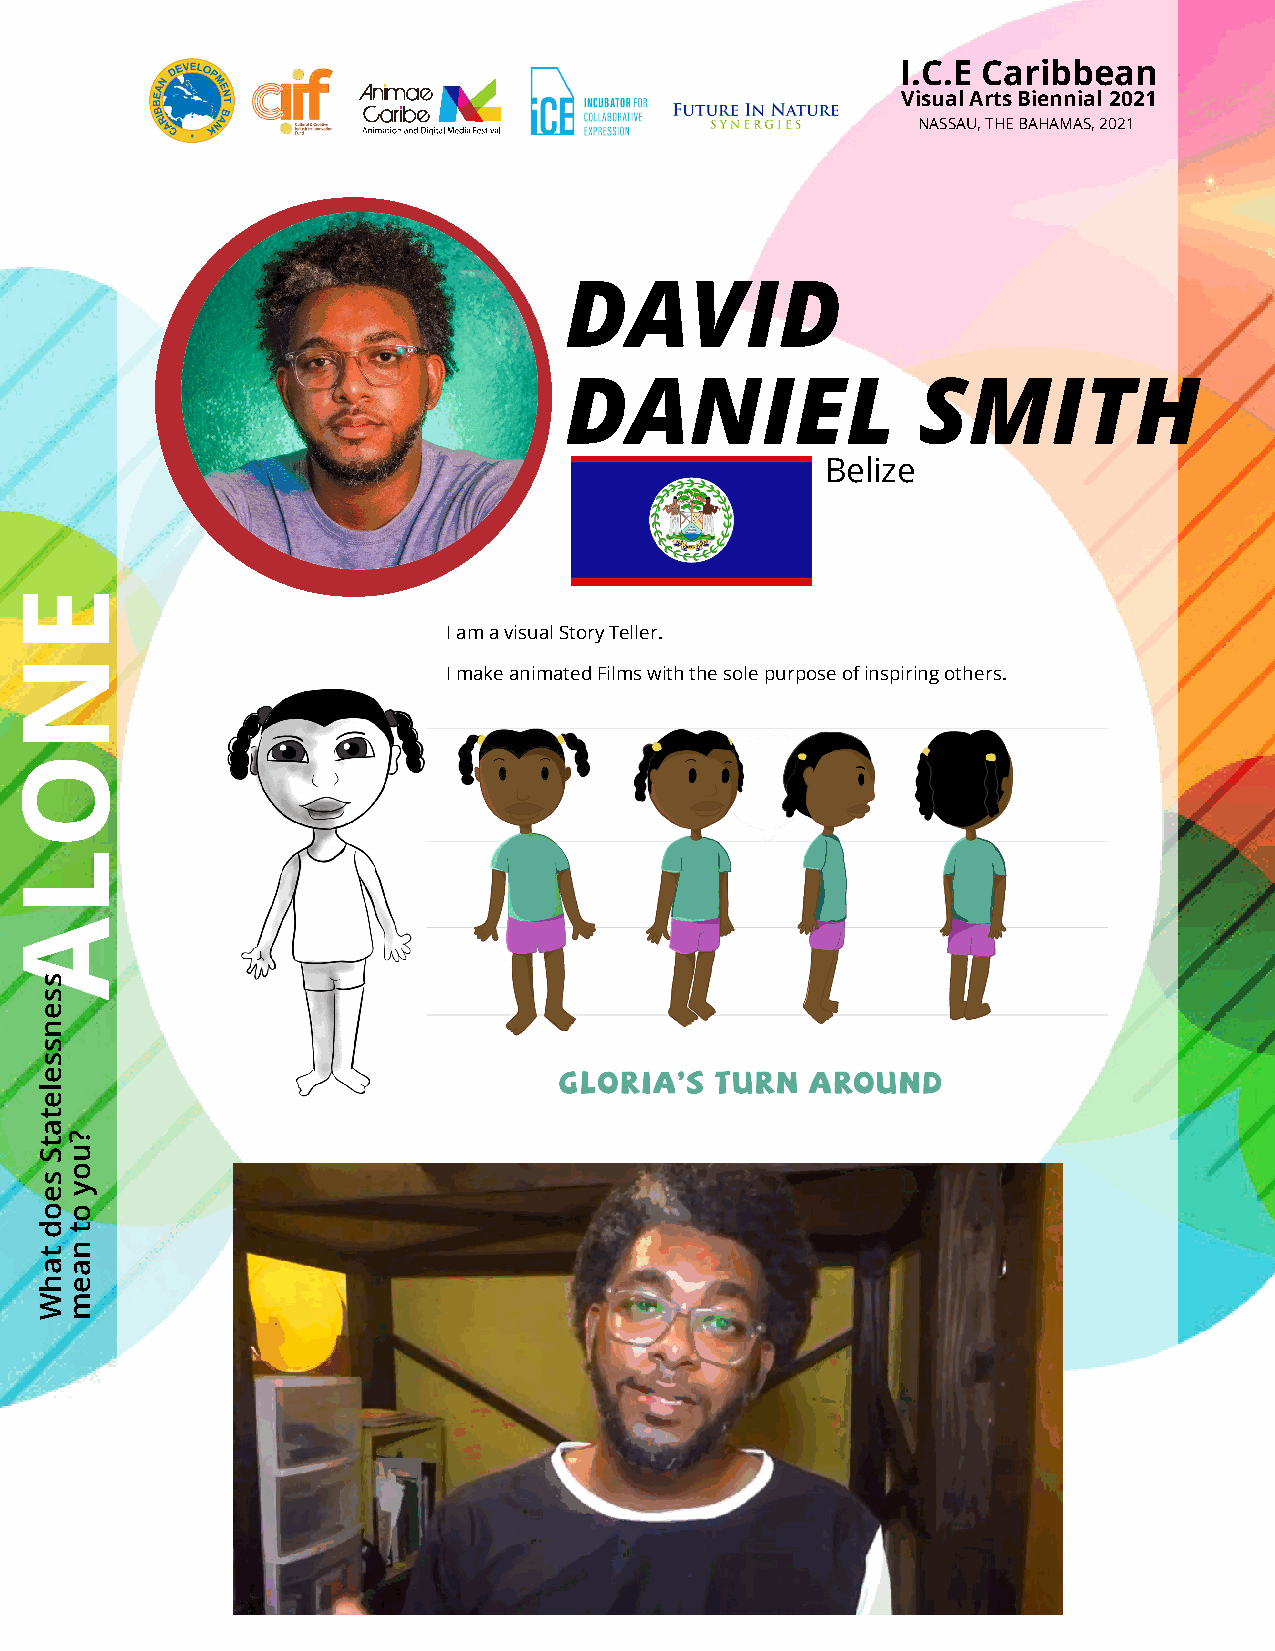
I.C.E Caribbean
 Visual Arts Biennial 2021
 NASSAU, THE BAHAMAS, 2021
 DAVID
 DANIEL                  SMITH
 Belize
 I am a visual Story Teller.
 I make animated Films with the sole purpose of inspiring others.
 ENOLA
 ssensseletatS
 seod
 tahW
 ?uoy
 ot
 naem